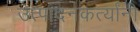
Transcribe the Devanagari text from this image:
उत्पादनकर्त्यांनी